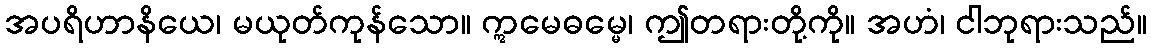
အပရိဟာနိယေ၊ မယုတ်ကုန်သော။ ဣမေဓမ္မေ၊ ဤတရားတို့ကို။ အဟံ၊ ငါဘုရားသည်။